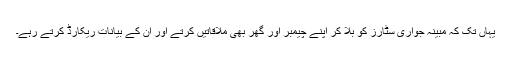
یہاں تک کہ مبینہ جواری سٹارز کو بلا کر اپنے چیمبر اور گھر بھی ملاقاتیں کرتے اور ان کے بیانات ریکارڈ کرتے رہے۔